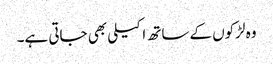
وہ لڑکوں کےساتھ اکیلی بھی جاتی ہے۔